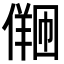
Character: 𪝩